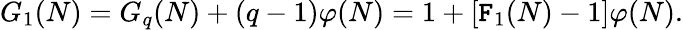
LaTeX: G_{1}(N)=G_{q}(N)+(q-1)\varphi(N)=1+[\mathtt{F}_{1}(N)-1]\varphi(N).